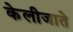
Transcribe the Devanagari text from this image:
केलीजाते